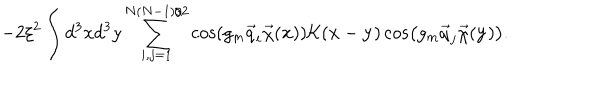
- 2 \xi ^ { 2 } \int d ^ { 3 } x d ^ { 3 } y \sum _ { i , j = 1 } ^ { N ( N - 1 ) / 2 } \cos \left( g _ { m } \vec { q } _ { i } \vec { \chi } ( { \bf x } ) \right) { \cal K } ( { \bf x } - { \bf y } ) \cos \left( g _ { m } \vec { q } _ { j } \vec { \chi } ( { \bf y } ) \right) .